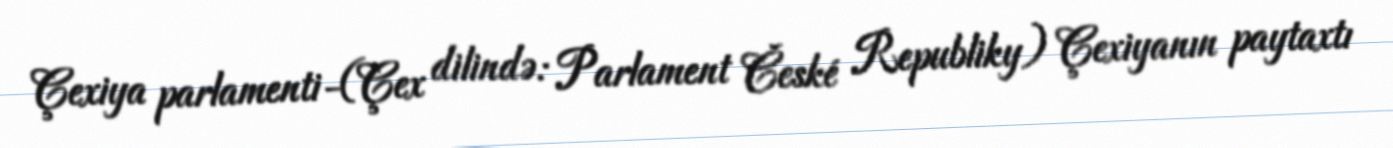
Çexiya parlamenti-(Çex dilində: Parlament České Republiky) Çexiyanın paytaxtı